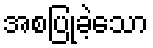
အစပြုခဲ့သော